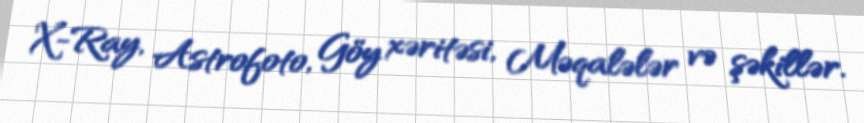
X-Ray, Astrofoto, Göy xəritəsi, Məqalələr və şəkillər.